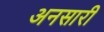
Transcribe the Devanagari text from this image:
अनसारी